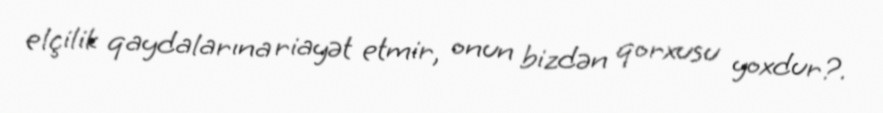
elçilik qaydalarına riayət etmir, onun bizdən qorxusu yoxdur?.